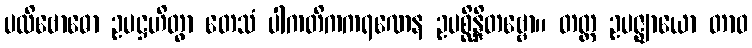
ပလိဗောဓော ဥပဋ္ဌဟိတွာ တေသံ ပါကတိကကရဏေန ဥပစ္ဆိန္ဒိတဗ္ဗော။ တတ္ထ ဥပဇ္ဈာယော တာဝ